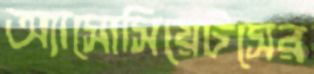
অ্যাসোসিয়েটসের